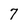
Character: 7